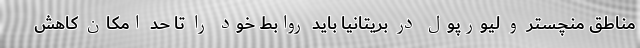
مناطق منچستر و لیورپول در بریتانیا باید روابط خود را تا حد امکان کاهش